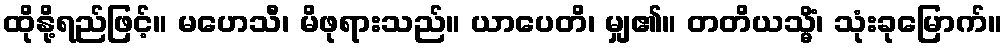
ထိုနို့ရည်ဖြင့်။ မဟေသီ၊ မိဖုရားသည်။ ယာပေတိ၊ မျှ၏။ တတိယသ္မိံ၊ သုံးခုမြောက်။